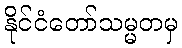
နိုင်ငံတော်သမ္မတမှ